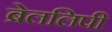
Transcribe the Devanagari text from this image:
ब्रेललिपी